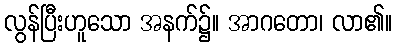
လွန်ပြီးဟူသော အနက်၌။ အာဂတော၊ လာ၏။